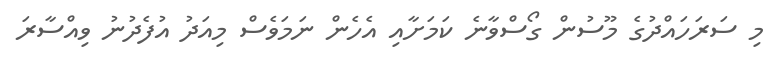
މި ސަރަހައްދުގެ މޫސުން ގޯސްވާނެ ކަމަށާއި އެހެން ނަމަވެސް މިއަދު އުފެދުނު ވިއްސާރަ